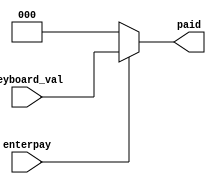
`timescale 1ns / 1ps
//////////////////////////////////////////////////////////////////////////////////
// Company: 
// Engineer: 
// 
// Design Name: 
// Module Name: Inquire_top
// Project Name: 
// Target Devices: 
// Tool Versions: 
// Description: 
// 
// Dependencies: 
// 
// Revision:
// Revision 0.01 - File Created
// Additional Comments:
// 
//////////////////////////////////////////////////////////////////////////////////


module duringpay(
    input enterpay,//
    input [2:0] keyboard_val,
    output reg[2:0] paid
    );

    always@(enterpay,keyboard_val)
    begin
        if(enterpay)
        paid<=keyboard_val;
        else
        paid<=0;
    end

    
    
endmodule